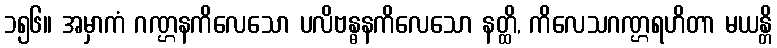
၁၅၆။ အမှာကံ ဂဏ္ဌနကိလေသော ပလိဗန္ဓနကိလေသော နတ္ထိ, ကိလေသဂဏ္ဌရဟိတာ မယန္တိ